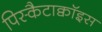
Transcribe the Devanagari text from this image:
पिस्कैटाक्वॉइस